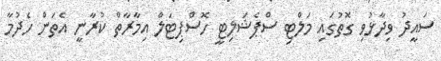
ސައީދު ވިދާޅުވި ގޮތުގައި މަލްޓި ސްޕެޝަލިޓީ ހޮސްޕިޓަލް އިމާރާތް ކުރާނީ އެތަން ހެދުމާ